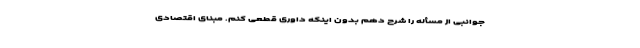
جوانبی از مسأله را شرح دهم بدون اینکه داوری قطعی کنم. مبنای اقتصادی